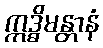
ဣဒ္ဓိမန္တာနံ